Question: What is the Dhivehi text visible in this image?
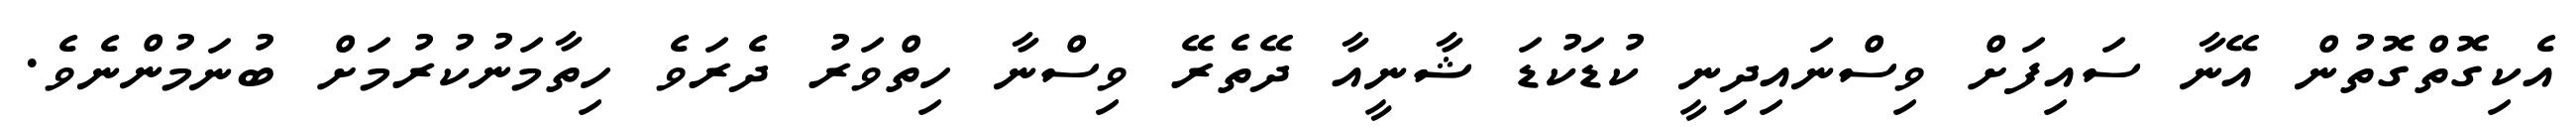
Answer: އެކިގޮތްގޮތުން އޭނާ ސައިފަށް ވިސްނައިދިނީ ކުޑަކުޑަ ޝާނީއާ ދޭތެރޭ ވިސްނާ ހިތްވަރު ދެރަވެ ހިތާމަނުކުރުމަށް ބުނަމުންނެވެ.